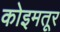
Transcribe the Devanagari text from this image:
कोइमतूर